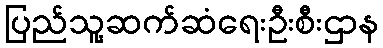
ပြည်သူ့ဆက်ဆံရေးဦးစီးဌာန